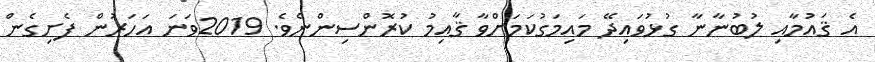
އެ ޤައުމާއި ލުބުނާނާ ގުޅުވައިދޭ މައިމަގުކަމަށްވާ ޤާއިމު ކުރޮންސިންނެވެ. 2019ވަނަ އަހަރުން ފެށިގެން